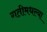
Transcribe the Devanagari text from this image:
गतीमधल्या